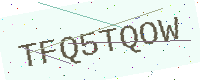
Text: TFQ5TQOW